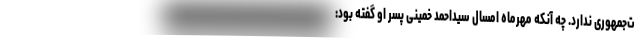
ت‌جمهوری ندارد. چه آنکه مهرماه امسال سیداحمد خمینی پسر او گفته بود: